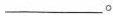
____。